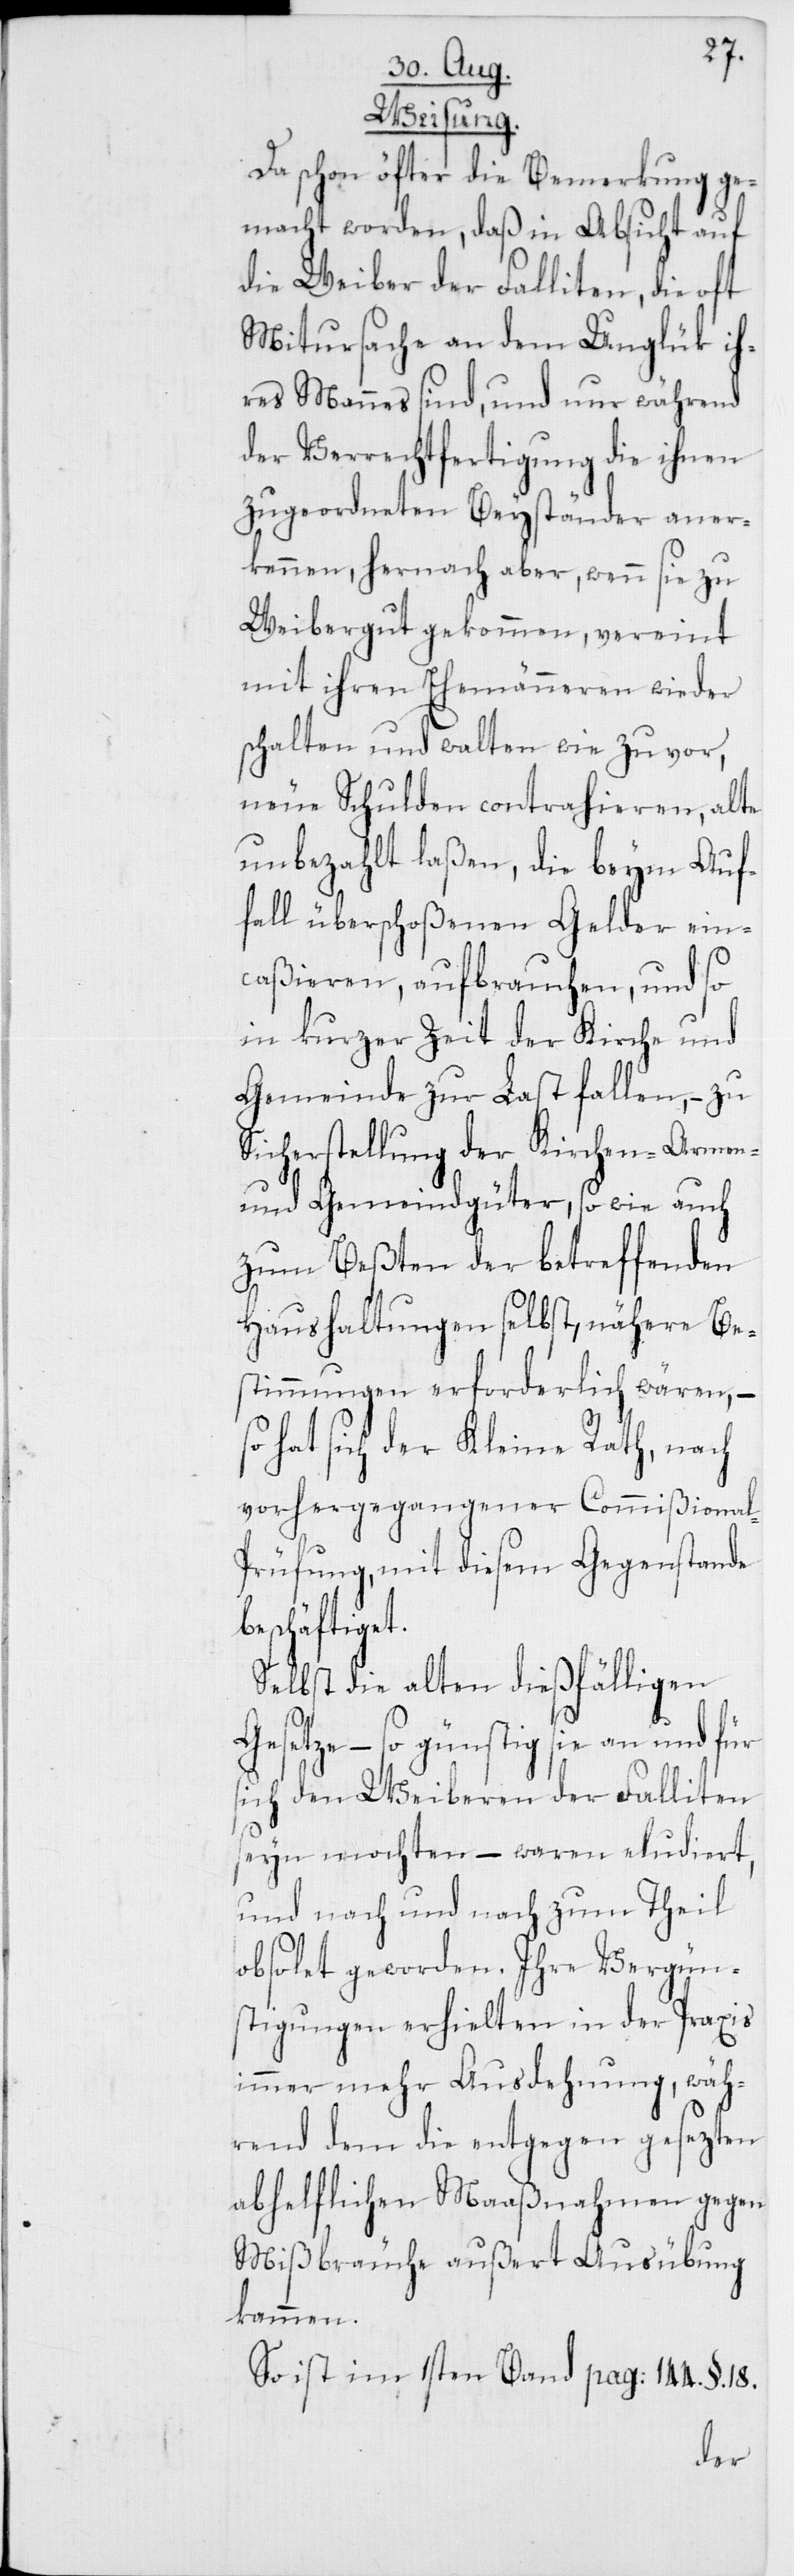
t.
Weisung.
Da schon öfter die Bemerkung ge¬
macht worden, daß in Absicht auf
die Weiber der Falliten, die oft
Mitursache an dem Unglük ih¬
res Mannes sind, und nur während
der Verrechtfertigung die ihnen
zugeordneten Beyständer aner¬
kennen, hernach aber, wenn sie zu
Weibergut gekommen, vereint
mit ihren Ehemänneren wieder
schalten und walten wie zuvor,
neue Schulden contrahieren, alte
unbezahlt laßen, die beym Auf¬
fall überschoßenen Gelder ein¬
caßieren, aufbrauchen, und so
in kurzer Zeit der Kirche und
Gemeinde zur Last fallen, – zu
Sicherstellung der Kirchen-[,] Armen-
und Gemeindgüter, sowie auch
zum Beßten der betreffenden
Haushaltungen selbst, nähere Be¬
stimmungen erforderlich wären, –
hat sich der Kleine Rath, nach
vorhergegangener Commißional-P¬
rüfung, mit diesem Gegenstande
beschäftige¬
Selbst die alten dießfälligen
– so günstig sie an und für
sich den Weiberen der Falliten
seyn mochten – waren eludiert,
und nach und nach zum Theil
obsolet geworden. Ihre Vergün¬
stigungen erhielten in der Praxis
immer mehr Ausdehnung, wäh¬
rend dem die entgegen gesezten
abhelflichen Maaßnahmen gegen
Mißbräuche außert Ausübung
kammen.
So ist im 1sten Band pag. 144. §. 18.